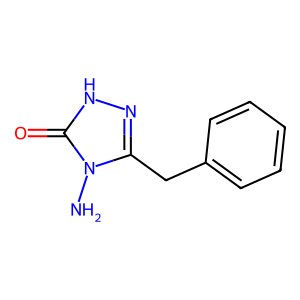
SMILES: Nn1c(Cc2ccccc2)n[nH]c1=O
Inhibits HIV replication: No